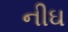
નીઘ